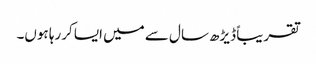
تقریباً ڈیڑھ سال سے میں ایسا کررہا ہوں۔